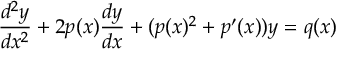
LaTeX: { \frac { d ^ { 2 } y } { d x ^ { 2 } } } + 2 p ( x ) { \frac { d y } { d x } } + ( p ( x ) ^ { 2 } + p ^ { \prime } ( x ) ) y = q ( x )